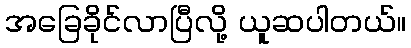
အခြေခိုင်လာပြီလို့ ယူဆပါတယ်။